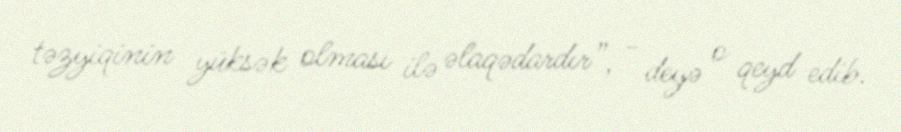
təzyiqinin yüksək olması ilə əlaqədardır”, - deyə o qeyd edib.